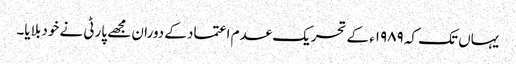
یہاں تک کہ ۱۹۸۹ء کے تحریک عدم اعتماد کے دوران مجھے پارٹی نے خود بلایا۔